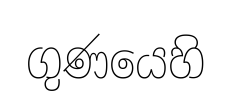
ගුණයෙහි